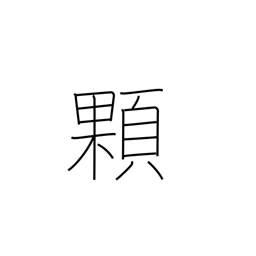
Meaning: grain (e.g. rice)